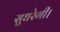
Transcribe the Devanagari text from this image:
सुधरेगी।